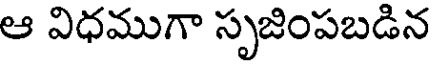
ఆ విధముగా సృజింపబడిన